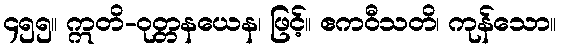
၄၅၅။ ဣတိ-ဝုတ္တနယေန၊ ဖြင့်။ ဧကဝီသတိ၊ ကုန်သော။